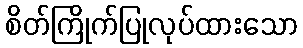
စိတ်ကြိုက်ပြုလုပ်ထားသော